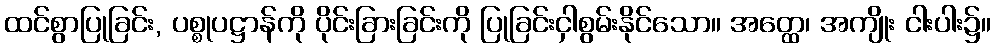
ထင်စွာပြုခြင်း, ပစ္စုပဋ္ဌာန်ကို ပိုင်းခြားခြင်းကို ပြုခြင်းငှါစွမ်းနိုင်သော။ အတ္ထေ၊ အကျိုး ငါးပါး၌။